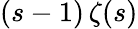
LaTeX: (s-1)\, \zeta(s)